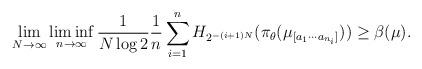
LaTeX: \begin{align*}\lim_{N\to\infty}\liminf_{n\to\infty}\frac{1}{N\log 2}\frac{1}{n}\sum_{i=1}^n H_{2^{-(i+1)N}}(\pi_{\theta}(\mu_{[a_1\cdots a_{n_i}]}))\geq \beta(\mu).\end{align*}